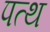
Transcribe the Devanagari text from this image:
पत्थ